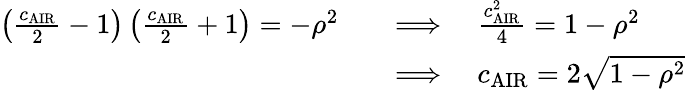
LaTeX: \begin{array}{rl}{\left(\frac{c_{\mathrm{AIR}}}{2}-1\right)\left(\frac{c_{\mathrm{AIR}}}{2}+1\right)=-\rho^{2}\quad}&{\Longrightarrow\quad\frac{c_{\mathrm{AIR}}^{2}}{4}=1-\rho^{2}}\\ &{\Longrightarrow\quad c_{\mathrm{AIR}}=2\sqrt{1-\rho^{2}}}\end{array}